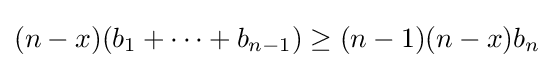
(n-x)(b_{1}+\dots +b_{n-1})\geq (n-1)(n-x)b_{n}